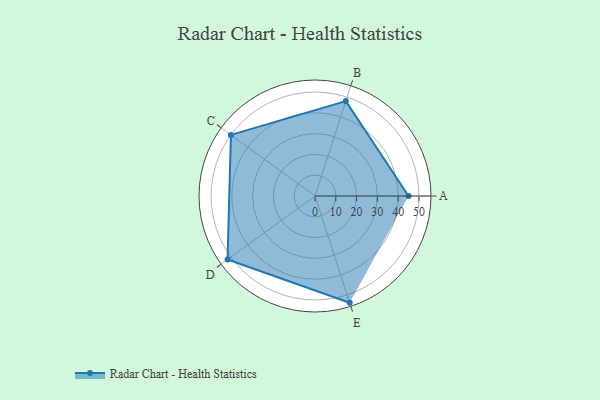
{"axis": {"x": "Skill", "y": "Score"}, "legend": ["Profile"], "data": [{"x": "A", "y": 45.0, "type": "Profile"}, {"x": "B", "y": 48.0, "type": "Profile"}, {"x": "C", "y": 50.0, "type": "Profile"}, {"x": "D", "y": 52.0, "type": "Profile"}, {"x": "E", "y": 54.0, "type": "Profile"}]}